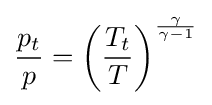
{\frac {p_{t}}{p}}=\left({\frac {T_{t}}{T}}\right)^{\frac {\gamma }{\gamma -1}}